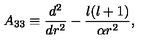
A _ { 3 3 } \equiv { \frac { d ^ { 2 } } { d r ^ { 2 } } } - { \frac { l ( l + 1 ) } { \alpha r ^ { 2 } } } ,